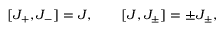
[ J _ { + } , J _ { - } ] = J , \qquad [ J , J _ { \pm } ] = \pm J _ { \pm } ,